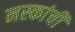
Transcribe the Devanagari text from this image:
नस्कांची